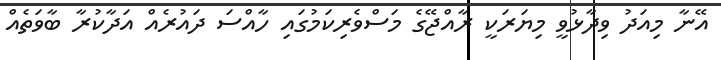
އޭނާ މިއަދު ވިދާޅުވީ މިޔަރަކީ ރާއްޖޭގެ މަސްވެރިކަމުގައި ހާއްސަ ދައުރެއް އަދާކުރާ ބާވަތެއް